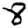
Digit: 8